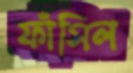
ফাঁসিল